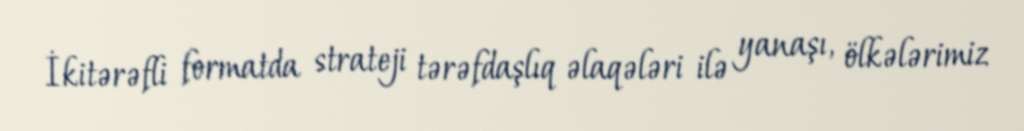
İkitərəfli formatda strateji tərəfdaşlıq əlaqələri ilə yanaşı, ölkələrimiz